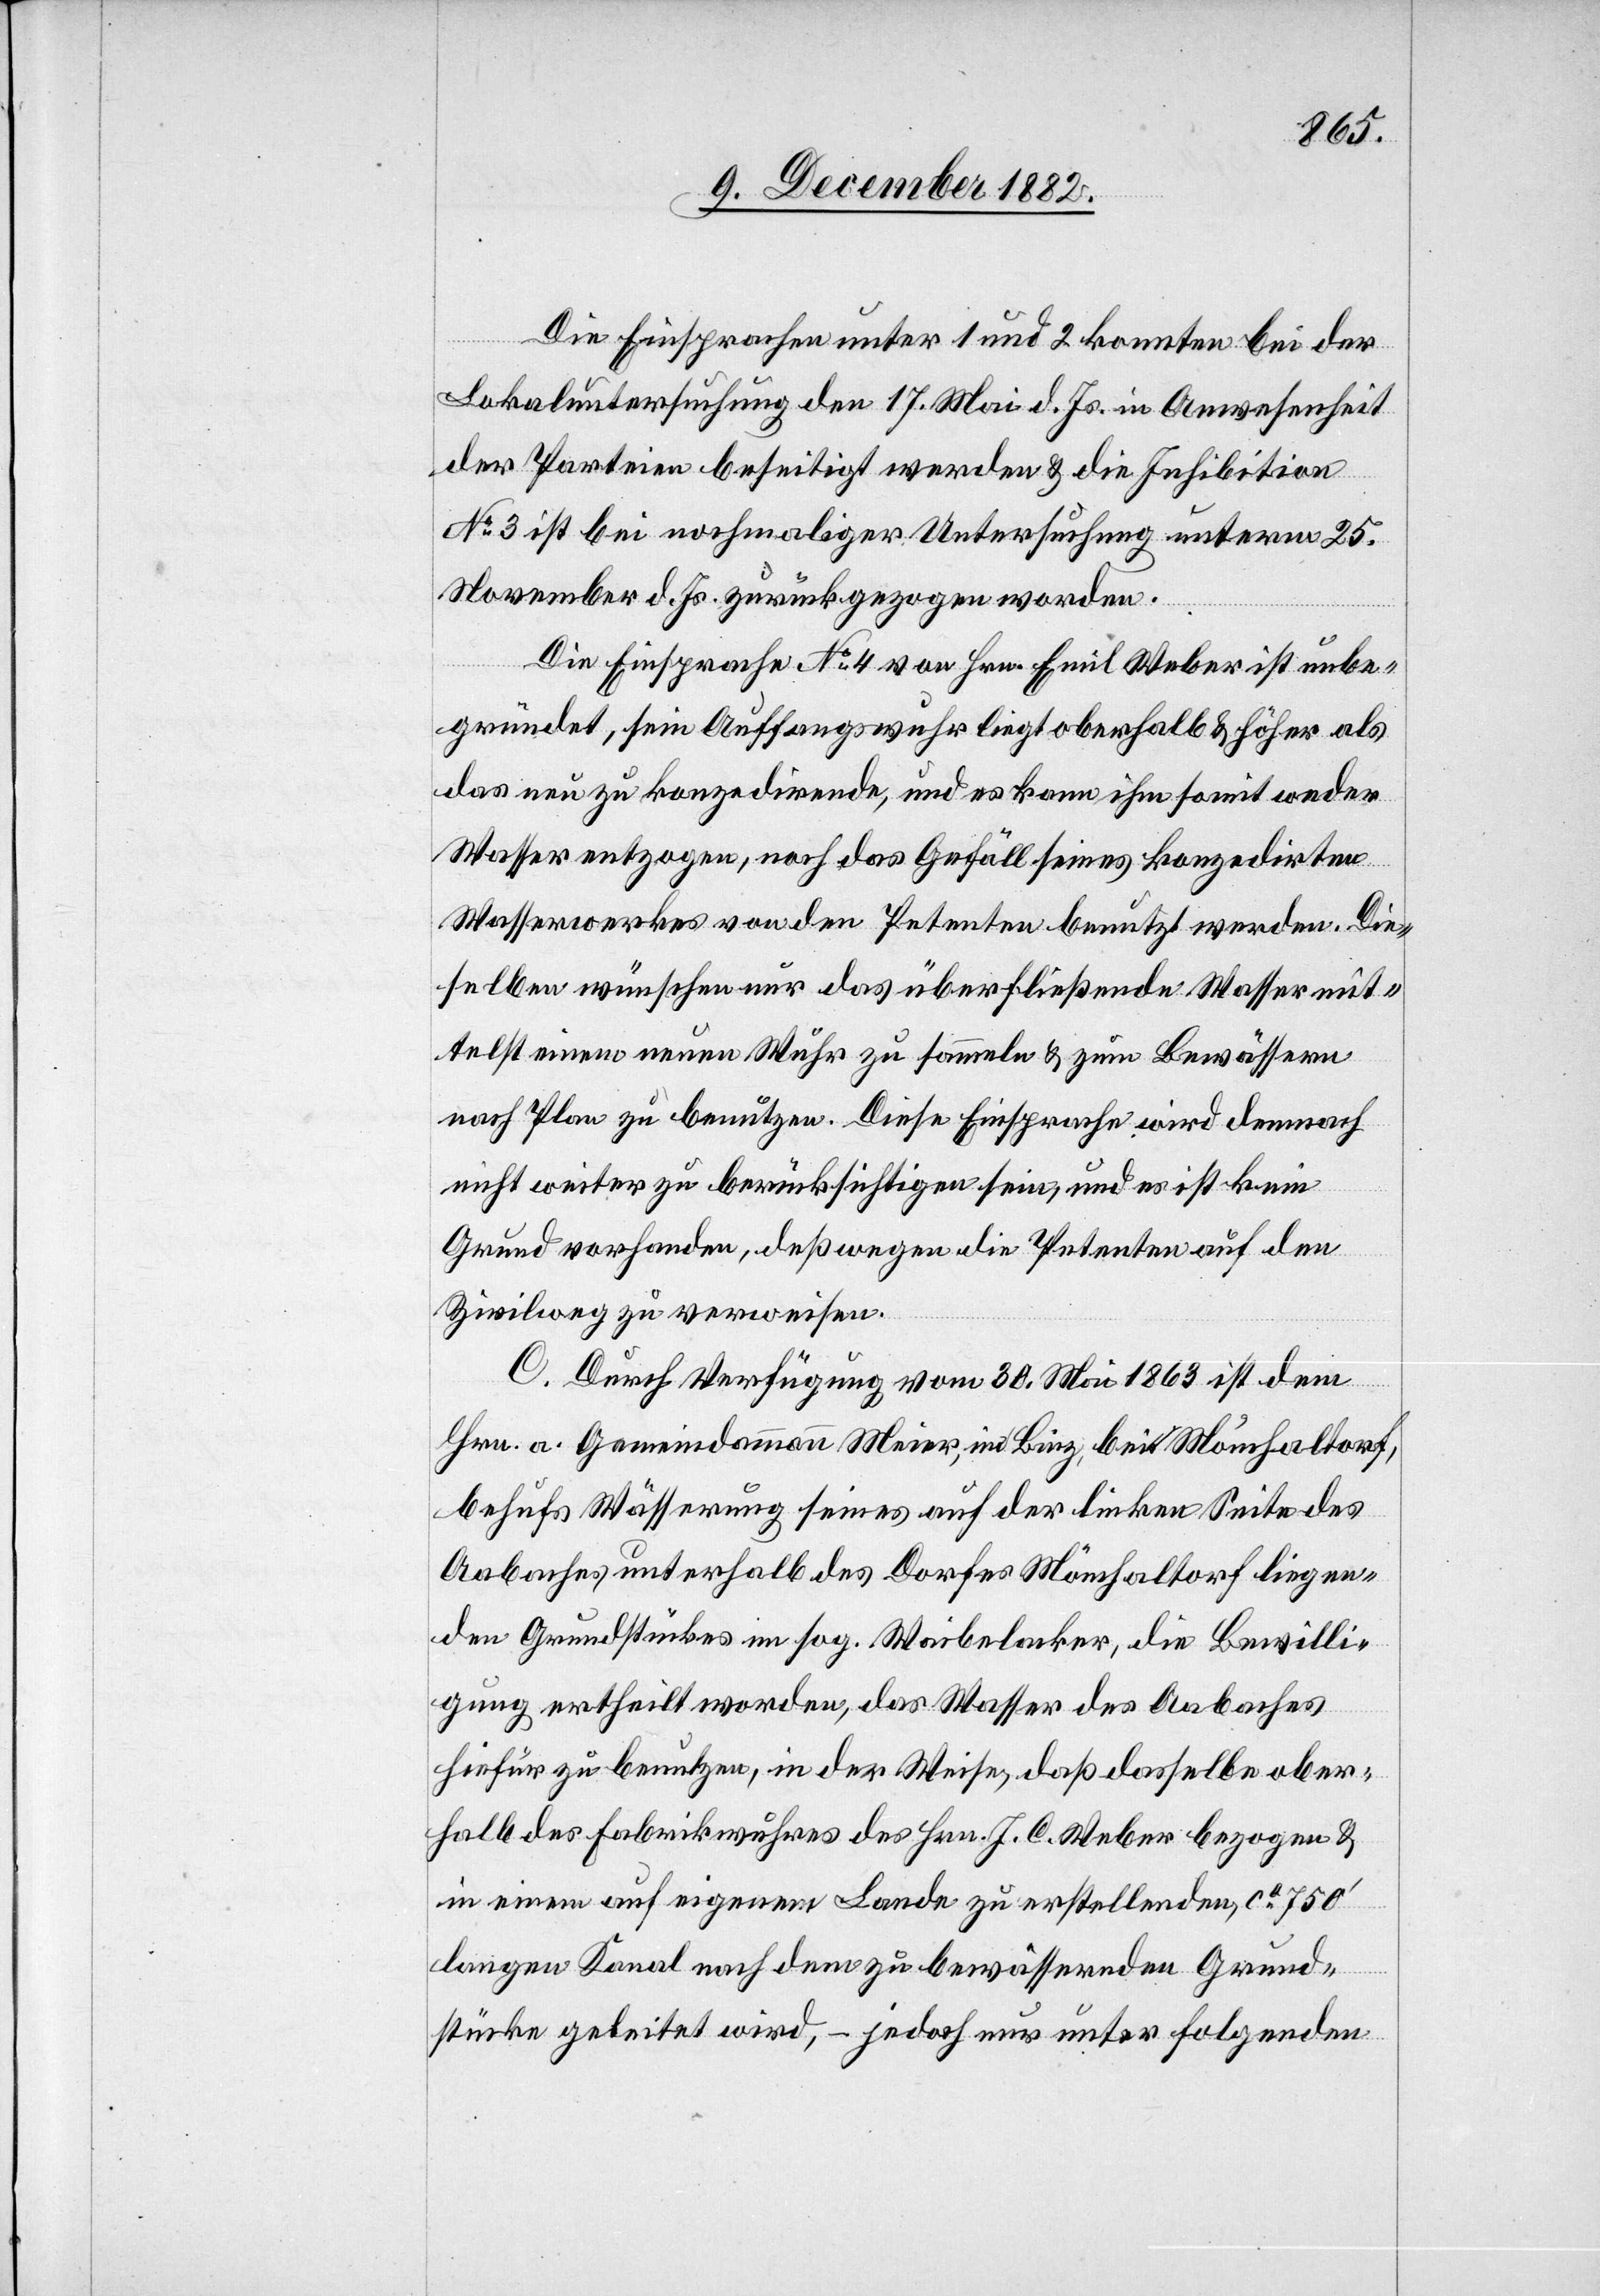
Die Einsprachen unter 1 und 2 konnten bei der
Lokaluntersuchung den 17. Mai d. Js. in Anwesenheit
der Parteien beseitigt werden & die Inhibition
No 3 ist bei nochmaliger Untersuchung unterm 25.
November d. Js. zurückgezogen worden.
Die Einsprache No 4 von Hrn. Emil Weber ist unbe¬
gründet, sein Auffassungswuhr liegt oberhalb & höher als
das neu zu konzedirende, und es kann ihm somit weder
Wasser entzogen, noch das Gefäll seines konzedirten
Wasserwerkes von den Petenten benutzt werden. Die¬
selben wünschen nur das überfließende Wasser mit¬
telst einem neuen Wuhr zu sammeln & zum Bewässern
nach Plan zu benutzen. Diese Einsprache wird demnach
nicht weiter zu berücksichtigen sein, und es ist kein
Grund vorhanden, deßwegen die Petenten auf den
Zivilweg zu verweisen.
C. Durch Verfügung vom 30. Mai 1863 ist dem
Hrn. a. Gemeindammann Meier, und Binz, bei Mönchaltorf,
behufs Wässerung seines auf der linken Seite des
Aabaches unterhalb des Dorfes Mönchaltorf liegen¬
den Grundstückes im sog. Waibelacker, die Bewilli¬
gung ertheilt worden, das Wasser des Aabaches
hiefür zu benutzen, in der Weise, daß dasselbe ober¬
halb des Fabrikwuhres des Hrn. J. C. Weber bezogen &
in einem auf eigenem Lande zu erstellenden ca 750‘
langen Kanal nach dem zu bewässernden Grund¬
stücke geleitet wird, – jedoch nur unter folgenden